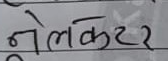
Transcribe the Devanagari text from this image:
नेलकेटर